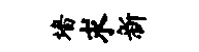
墙求新